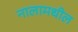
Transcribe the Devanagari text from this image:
नालामधील